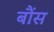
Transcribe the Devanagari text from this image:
बौंस